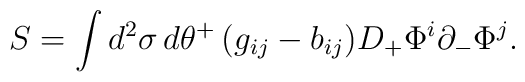
S =  \int d^2\sigma \, d\theta^+ \, (g_{ij} - b_{ij})     D_+ \Phi^i \partial_- \Phi^j.